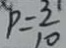
p = \frac { 3 } { 1 0 }